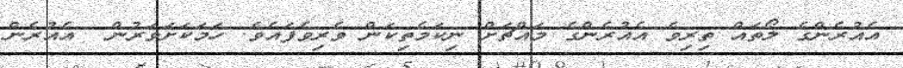
އެއުރެންގެ ލޯތައް ތިރިވެ އެއުރެންގެ މައްޗަށް ނިކަމެތިކަން ވެރިވެފައެވެ. ހަމަކަށަވަރުން  އެއުރެން